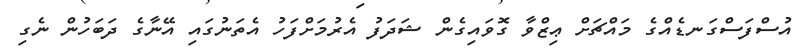
އުސްފަސްގަނޑެއްގެ މައްޗަށް ޢިޒްވާ ގޮވައިގެން ޝަދަފު އެރުމަށްފަހު އެތަނުގައި އޭނާގެ ދަބަހުން ނެގި